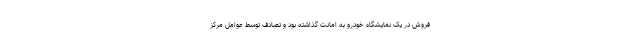
فروش در یک نمایشگاه خودرو به امانت گذاشته بود و تصادف توسط عوامل مرکز